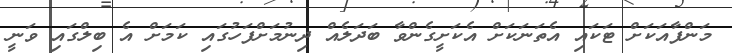
މަންފާއަކަށް ޓަކައި އެތަނަކަށް އެކަށީގެންވާ ބަދަލެއް ދިނުމަށްފަހުގައި ކަމަށް އެ ބިލްގައި ވަނީ